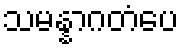
သမန္နာဂတံပေ